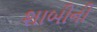
શાબીની